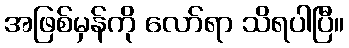
အဖြစ်မှန်ကို လော်ရာ သိရပါပြီ။